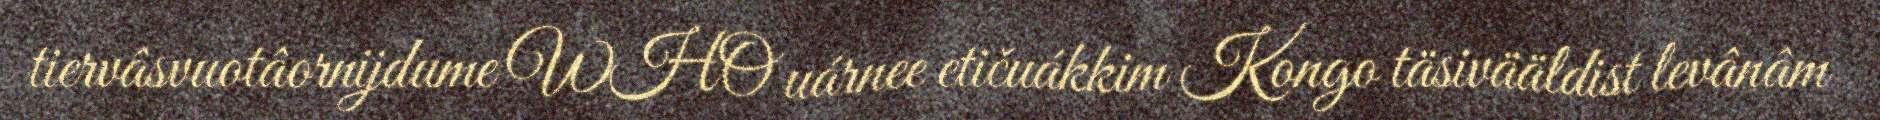
tiervâsvuotâornijdume WHO uárnee etičuákkim Kongo täsivääldist levânâm